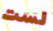
لست